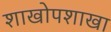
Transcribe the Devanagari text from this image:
शाखोपशाखा